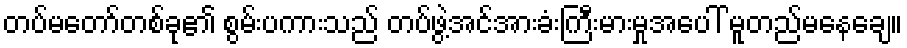
တပ်မတော်တစ်ခု၏ စွမ်းပကားသည် တပ်ဖွဲ့အင်အားခံးကြီးမားမှုအပေါ် မူတည်မနေချေ။